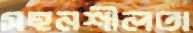
সহনশীলতা